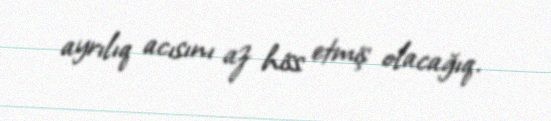
ayrılıq acısını az hiss etmiş olacağıq.